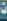
ن